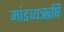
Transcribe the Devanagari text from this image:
मांडव्यऋषि